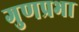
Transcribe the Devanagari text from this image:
गुणप्रभा